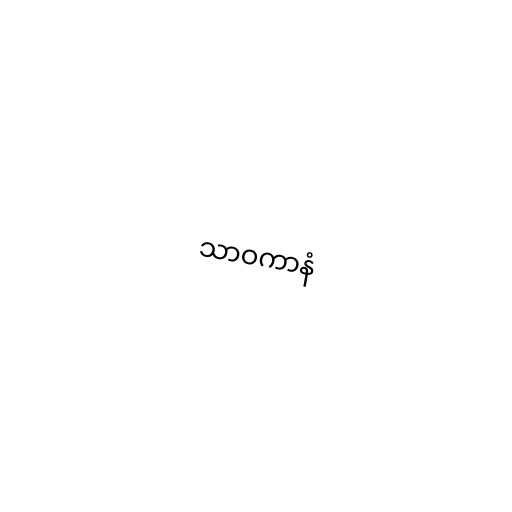
သာဝကာနံ